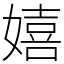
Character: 嬉